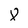
Character: 8